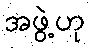
အဖွဲ့ဟု